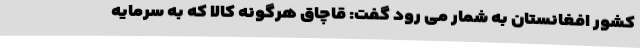
کشور افغانستان به شمار می رود گفت: قاچاق هرگونه کالا که به سرمایه